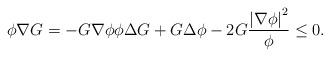
LaTeX: \begin{align*}\phi\nabla G =-G \nabla\phi \phi\Delta G + G\Delta\phi - 2G\frac{\left\vert \nabla\phi \right\vert^{2}}{\phi} \leq 0.\end{align*}